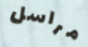
مراسل